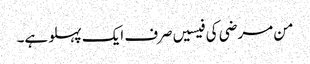
من مرضی کی فیسیں صرف ایک پہلو ہے۔